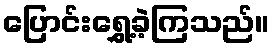
ပြောင်းရွှေ့ခဲ့ကြသည်။